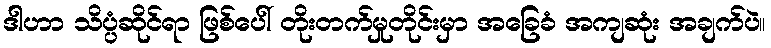
ဒါဟာ သိပ္ပံဆိုင်ရာ ဖြစ်ပေါ် တိုးတက်မှုတိုင်းမှာ အခြေခံ အကျဆုံး အချက်ပဲ။